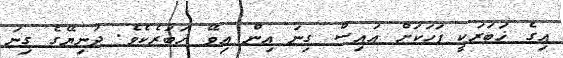
އިގެ ޚަބަރަކީ ފަހަކަށް އައިސް ގިނަ އިން އިވޭ ޚަބަރެކެވެ. ދުނިޔޭގެ ގިނަ